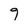
Character: 9